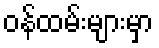
ဝန်ထမ်းများမှာ